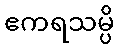
ဧကရသမ္ပိ